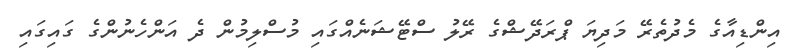
އިންޑިއާގެ މެދުތެރޭ މަދިޔަ ޕްރަދޭޝްގެ ރޭލު ސްޓޭޝަނެއްގައި މުސްލިމުން ދެ އަންހެނުންގެ ގައިގައި